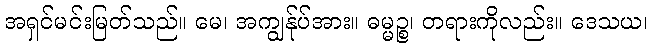
အရှင်မင်းမြတ်သည်။ မေ၊ အကျွန်ုပ်အား။ ဓမ္မဉ္စ၊ တရားကိုလည်း။ ဒေသယ၊